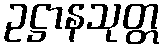
ဥဋ္ဌာနသုတ္တ